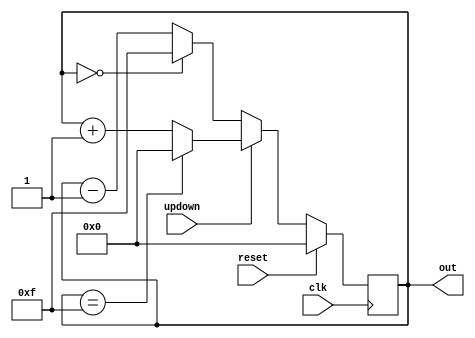
module dvsd_4bit_binary_counter (input clk,
                                   input reset,
                                   input updown,
                                   output reg[3:0] out);

// This always block will be triggered at the rising edge of clk (0->1)  
// It checks if the reset is 0, then change out to zero   
// It checks if reset is 1, then the design should be allowed to count updown, so increment and decrement the counter   
  
  always @ (posedge clk) begin  
    if (reset)  
      out <= 0;
    else
        if(updown==1)
           if(out==15)
               out <= 0;  
           else
// Here, value increment by 1 for up counter

               out <= out + 1; 
        else          
            if(out==0)
               out<=15;
           else
// Here, value decrement by 1 for down counter

               out<= out-1;  
  end  
endmodule